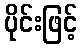
ပိုင်းဖြင့်